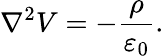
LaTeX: \nabla^{2}V=-{\frac{\rho}{\varepsilon_{0}}}.